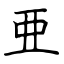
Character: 亜